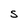
Character: S